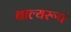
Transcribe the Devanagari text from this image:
बाल्यरूप